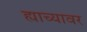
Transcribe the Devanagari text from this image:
ह्याच्यावर